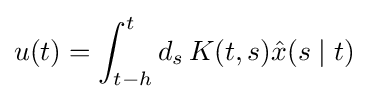
u(t)=\int _{t-h}^{t}d_{s}\,K(t,s){\hat {x}}(s\mid t)